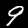
Digit: 9